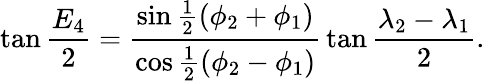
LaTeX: \tan{\frac{E_{4}}{2}}={\frac{\sin{\frac{1}{2}}(\phi_{2}+\phi_{1})}{\cos{\frac{1}{2}}(\phi_{2}-\phi_{1})}}\tan{\frac{\lambda_{2}-\lambda_{1}}{2}}.